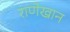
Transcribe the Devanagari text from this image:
राणेखान